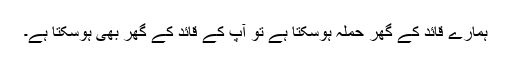
ہمارے قائد کے گھر حملہ ہوسکتا ہے تو آپ کے قائد کے گھر بھی ہوسکتا ہے۔